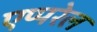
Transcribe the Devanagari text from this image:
एप्परेल